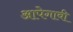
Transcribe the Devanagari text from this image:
आपेगावी